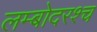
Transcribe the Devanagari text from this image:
लम्बोदरश्च